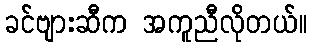
ခင်ဗျားဆီက အကူညီလိုတယ်။